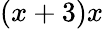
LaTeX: (x+3)x